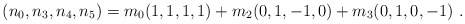
\begin{align*}(n_0,n_3,n_4,n_5)=m_0 (1,1,1,1) +m_2(0,1,-1,0) +m_3(0,1,0,-1 )\ .\end{align*}